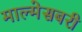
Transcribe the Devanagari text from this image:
माल्मेसबरी